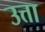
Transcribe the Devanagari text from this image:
उत्ता